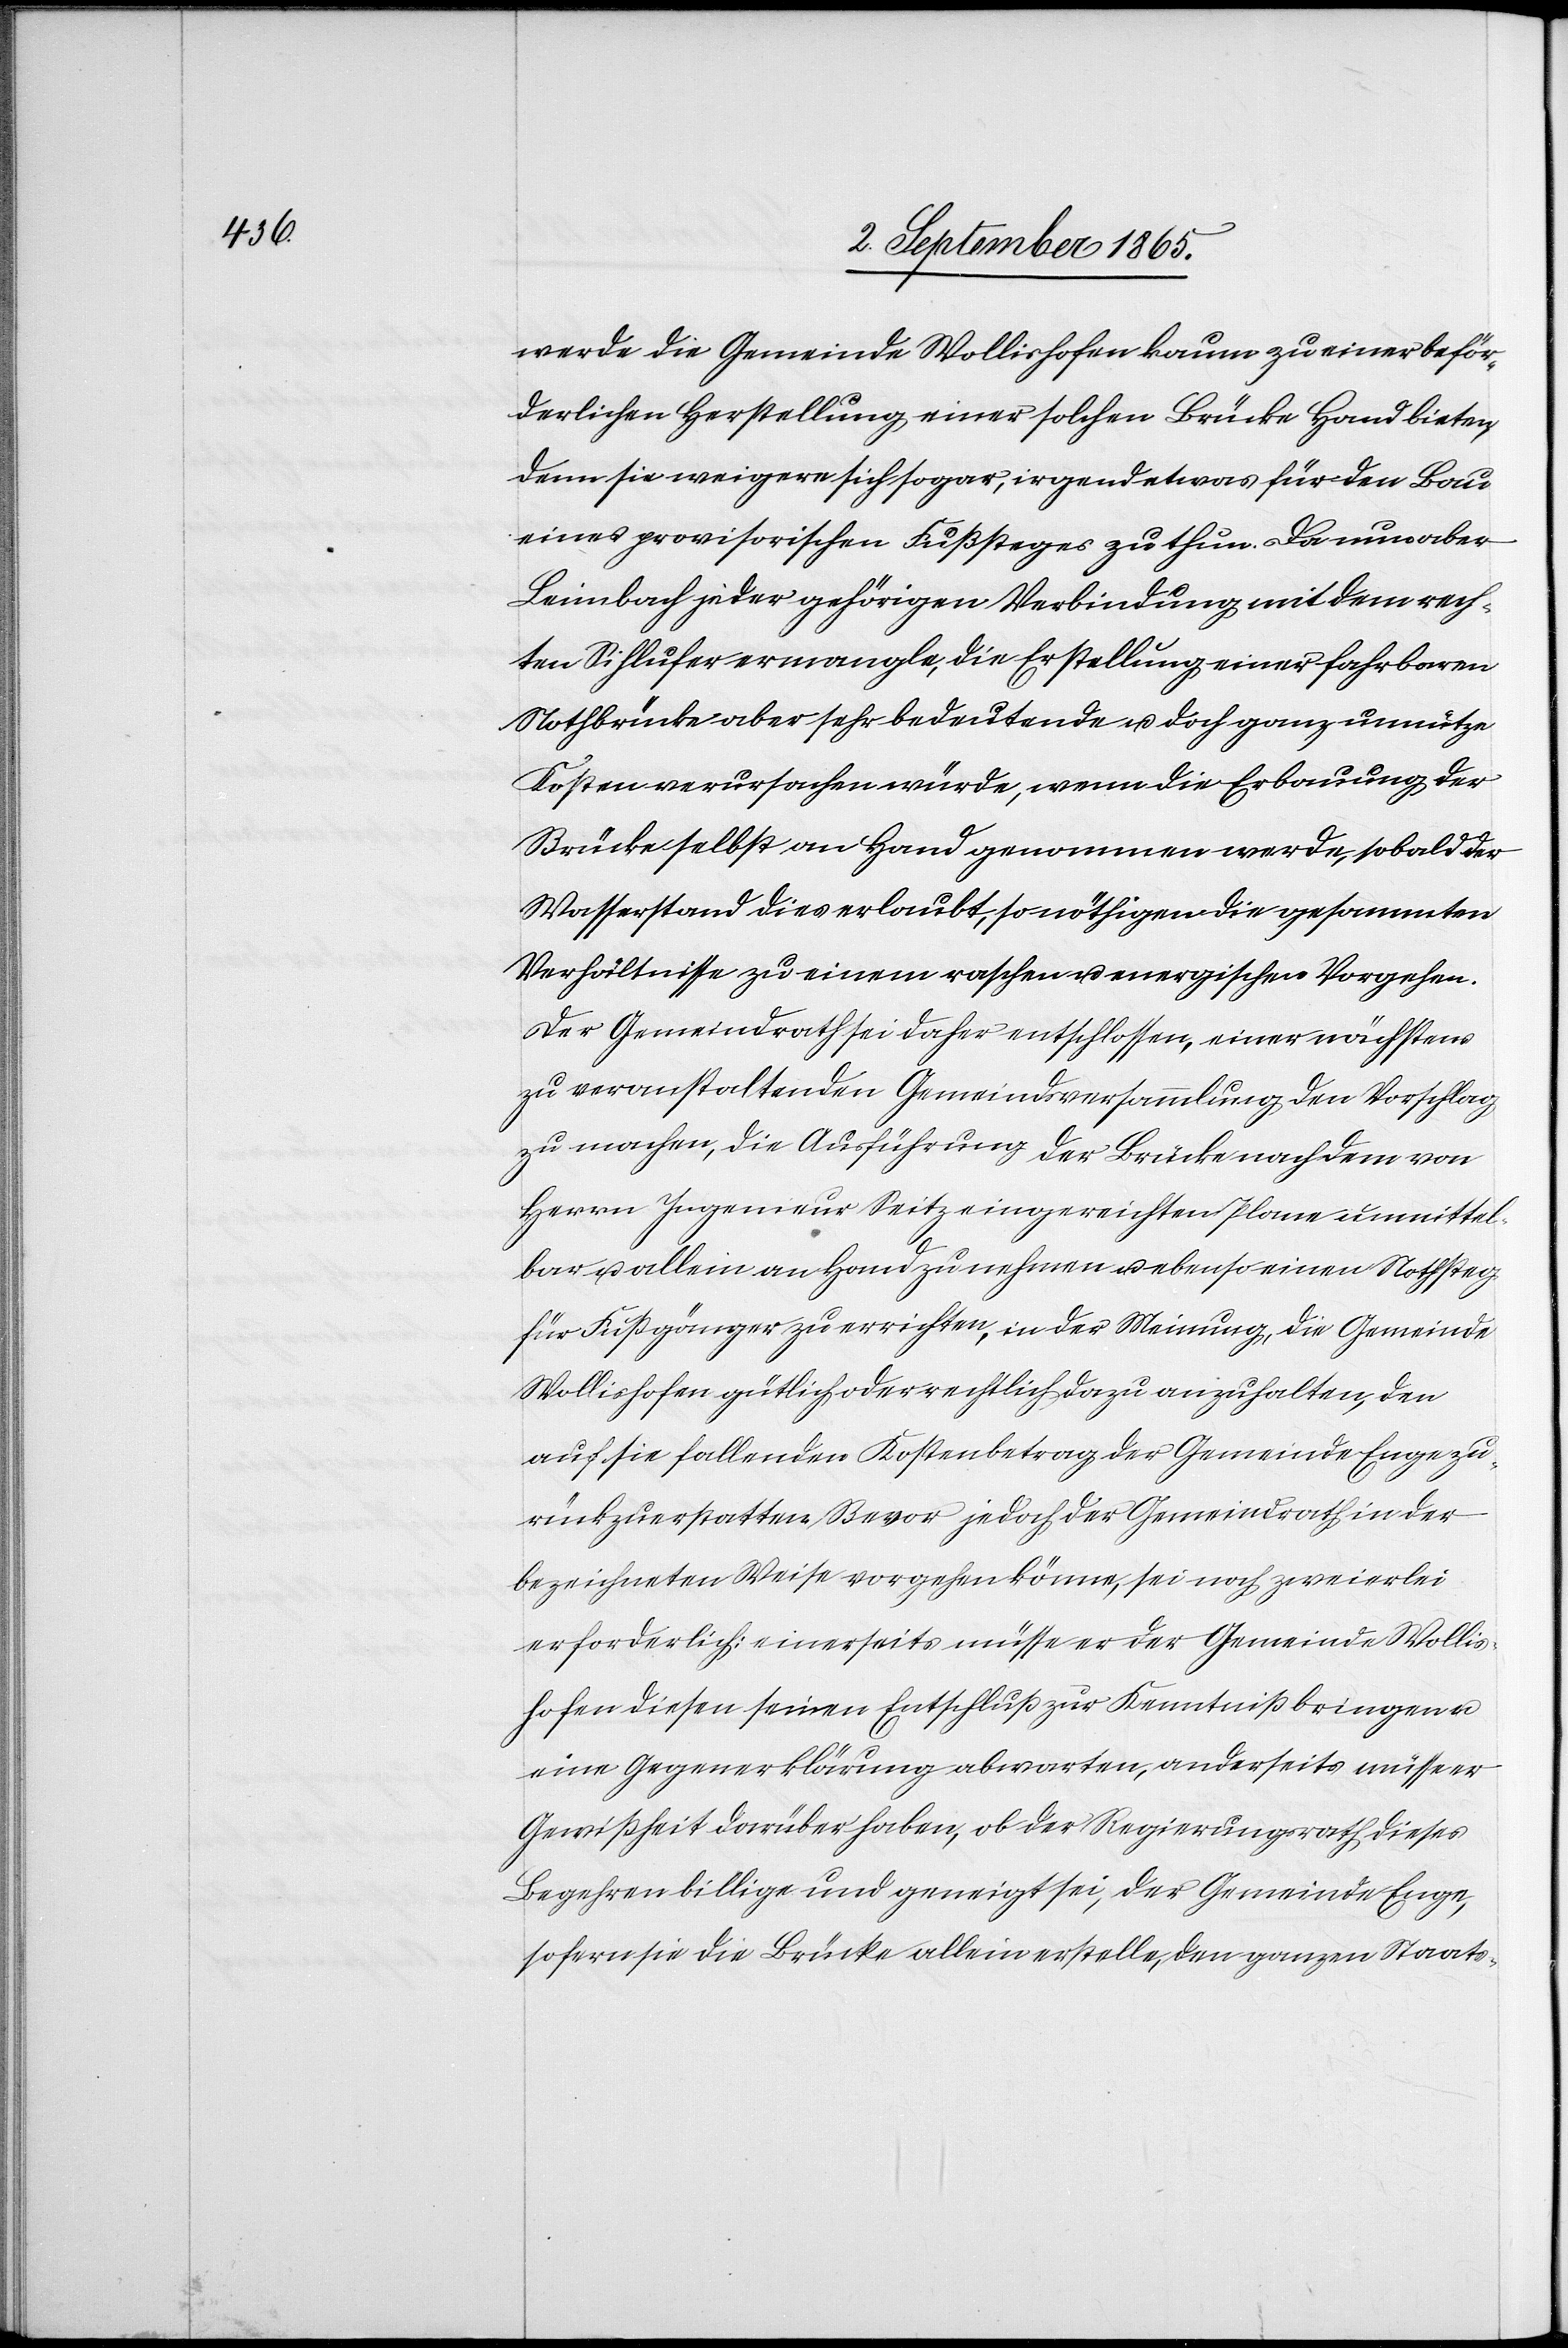
werde die Gemeinde Wollishofen kaum zu einer beför¬
derlichen Herstellung einer solchen Brücke Hand bieten,
denn sie weigere sich sogar, irgend etwas für den Bau
eines provisorischen Fußsteges zu thun. Da nun aber
Leimbach jeder gehörigen Verbindung mit dem rech¬
ten Sihlufer ermangle, die Erstellung einer fahrbaren
Nothbrücke aber sehr bedeutende u. doch ganz unnütze
Kosten verursachen würde, wenn die Erbauung der
Brücke selbst an Hand genommen werde, sobald der
Wasserstand dies erlaubt, so nöthigen die gesammten
Verhältnisse zu einem raschen u. energischen Vorgehen.
Der Gemeindrath sei daher entschlossen, einer nächsten
zu veranstaltenden Gemeindsversammlung den Vorschlag
zu machen, die Ausführung der Brücke nach dem von
Herrn Ingenieur Seitz eingereichten Plane unmittel¬
bar u. allein an Hand zu nehmen u. ebenso einen Nothsteg
für Fußgänger zu errichten, in der Meinung, die Gemeinde
Wollishofen gütlich oder rechtlich dazu anzuhalten, den
auf sie fallenden Kostenbetrag der Gemeinde Enge zu¬
rückzuerstatten. Bevor jedoch der Gemeindrath in der
bezeichneten Weise vorgehen könne, sei noch zweierlei
erforderlich: einerseits müsse er der Gemeinde Wollis¬
hofen diesen seinen Entschluß zur Kenntniß bringen u.
eine Gegenerklärung abwarten, anderseits müsse er
Gewißheit darüber haben, ob der Regierungsrath dieses
Begehren billige und geneigt sei, der Gemeinde Enge,
sofern sie die Brücke allein erstelle, den ganzen Staats-